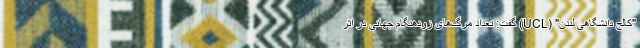
"کالج دانشگاهی لندن" (UCL) گفت: تعداد مرگ‌های زودهنگام جهانی در اثر